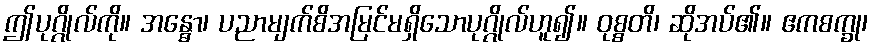
ဤပုဂ္ဂိုလ်ကို။ အန္ဓော၊ ပညာမျက်စိအမြင်မရှိသောပုဂ္ဂိုလ်ဟူ၍။ ဝုစ္စတိ၊ ဆိုအပ်၏။ ဧကစက္ခု၊